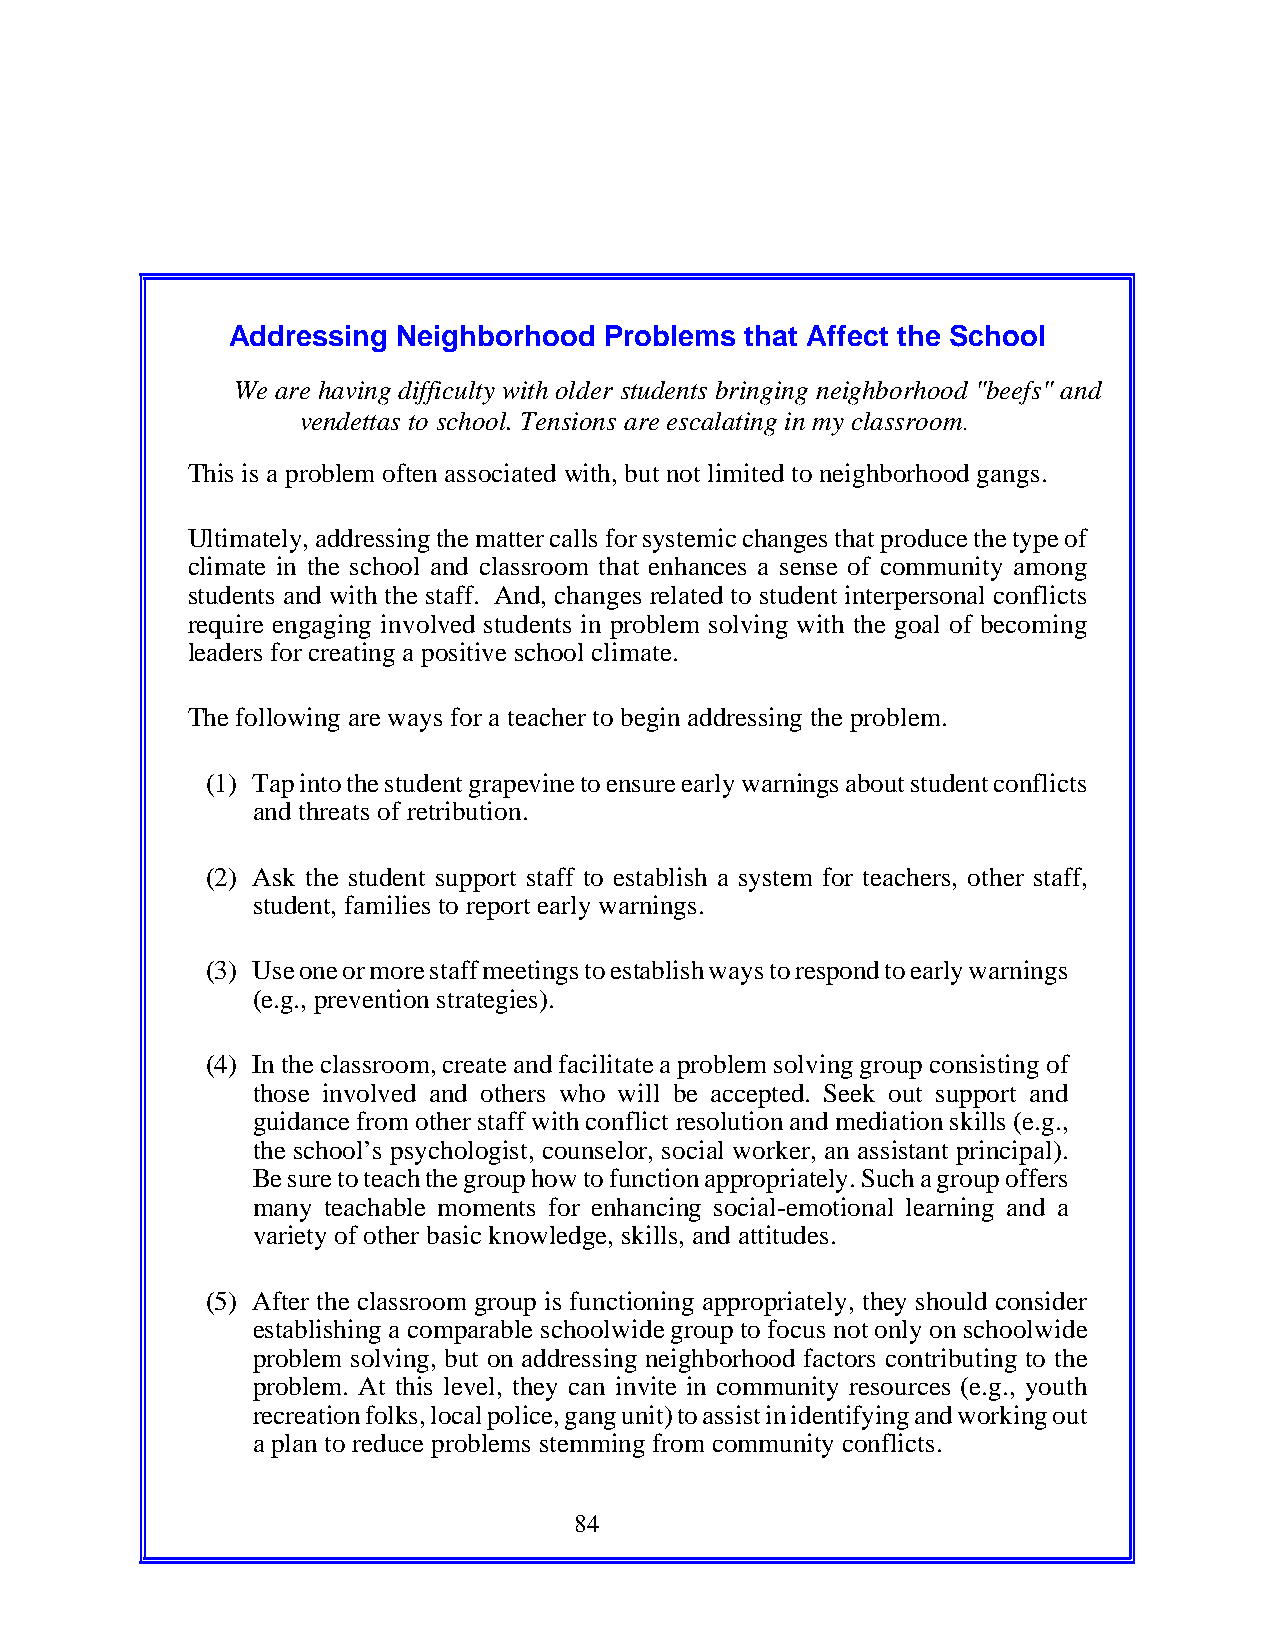
Addressing Neighborhood  Problems that Affect the School
 We are having difficulty with older students bringing neighborhood "beefs" and
 vendettas to school. Tensions are escalating in my classroom.
 This is a problem often associated with, but not limited to neighborhood gangs.
 Ultimately, addressing the matter calls for systemic changes that produce the type of
 climate in the school and classroom that enhances a sense of community among
 students and with the staff. And, changes related to student interpersonal conflicts
 require engaging involved students in problem solving with the goal of becoming
 leaders for creating a positive school climate.
 The following are ways for a teacher to begin addressing the problem.
 (1) Tap into the student grapevine to ensure early warnings about student conflicts
 and threats of retribution.
 (2) Ask the student support staff to establish a system for teachers, other staff,
 student, families to report early warnings.
 (3) Use one or more staff meetings to establish ways to respond to early warnings
 (e.g., prevention strategies).
 (4) In the classroom, create and facilitate a problem solving group consisting of
 those involved and others who will be accepted. Seek out support and
 guidance from other staff with conflict resolution and mediation skills (e.g.,
 the school’s psychologist, counselor, social worker, an assistant principal).
 Be sure to teach the group how to function appropriately. Such a group offers
 many teachable moments for enhancing social-emotional learning and a
 variety of other basic knowledge, skills, and attitudes.
 (5) After the classroom group is functioning appropriately, they should consider
 establishing a comparable schoolwide group to focus not only on schoolwide
 problem solving, but on addressing neighborhood factors contributing to the
 problem. At this level, they can invite in community resources (e.g., youth
 recreation folks, local police, gang unit) to assist in identifying and working out
 a plan to reduce problems stemming from community conflicts.
 84